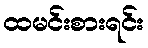
ထမင်းစားရင်း